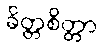
ခိတ္တစိတ္တာ